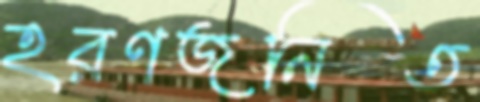
হরণজনিত